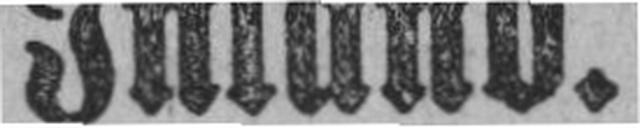
Inland.